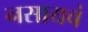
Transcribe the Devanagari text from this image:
नसायचं